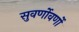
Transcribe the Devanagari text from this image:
सुवर्णोवर्णो